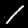
Label: 1